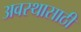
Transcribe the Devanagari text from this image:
अवस्थासाठी